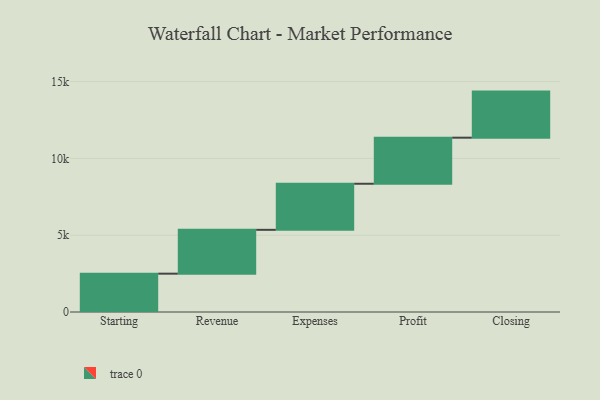
{"axis": {"x": "Step", "y": "Value"}, "legend": [""], "data": [{"x": "Starting", "y": 2496.0, "type": ""}, {"x": "Revenue", "y": 2854.0, "type": ""}, {"x": "Expenses", "y": 3000, "type": ""}, {"x": "Profit", "y": 3000, "type": ""}, {"x": "Closing", "y": 3000, "type": ""}]}